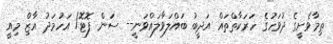
ތިމާވެށީގެ ދުވަހުގެ ހަރަކާތްތައް އަދީބު ބައްލަވާލައްވަނީ-- ސަން ފޮޓޮ/ އަހުމަދު އާޒިް މިއީ